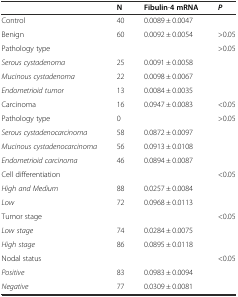
<table><thead><tr><td></td><td><b>N</b></td><td><b>Fibulin-4 mRNA</b></td><td><b><i>P</i></b></td></tr></thead><tbody><tr><td>Control</td><td>40</td><td>0.0089 ± 0.0047</td><td></td></tr><tr><td>Benign</td><td>60</td><td>0.0092 ± 0.0054</td><td>&gt;0.05</td></tr><tr><td>Pathology type</td><td></td><td></td><td>&gt;0.05</td></tr><tr><td><i>Serous cystadenoma</i></td><td>25</td><td>0.0091 ± 0.0058</td><td></td></tr><tr><td><i>Mucinous cystadenoma</i></td><td>22</td><td>0.0098 ± 0.0067</td><td></td></tr><tr><td><i>Endometrioid tumor</i></td><td>13</td><td>0.0084 ± 0.0035</td><td></td></tr><tr><td>Carcinoma</td><td>16</td><td>0.0947 ± 0.0083</td><td>&lt;0.05</td></tr><tr><td>Pathology type</td><td>0</td><td></td><td>&gt;0.05</td></tr><tr><td><i>Serous cystadenocarcinoma</i></td><td>58</td><td>0.0872 ± 0.0097</td><td></td></tr><tr><td><i>Mucinous cystadenocarcinoma</i></td><td>56</td><td>0.0913 ± 0.0108</td><td></td></tr><tr><td><i>Endometrioid carcinoma</i></td><td>46</td><td>0.0894 ± 0.0087</td><td></td></tr><tr><td>Cell differentiation</td><td></td><td></td><td>&lt;0.05</td></tr><tr><td><i>High and Medium</i></td><td>88</td><td>0.0257 ± 0.0084</td><td></td></tr><tr><td><i>Low</i></td><td>72</td><td>0.0968 ± 0.0113</td><td></td></tr><tr><td>Tumor stage</td><td></td><td></td><td>&lt;0.05</td></tr><tr><td><i>Low stage</i></td><td>74</td><td>0.0284 ± 0.0075</td><td></td></tr><tr><td><i>High stage</i></td><td>86</td><td>0.0895 ± 0.0118</td><td></td></tr><tr><td>Nodal status</td><td></td><td></td><td>&lt;0.05</td></tr><tr><td><i>Positive</i></td><td>83</td><td>0.0983 ± 0.0094</td><td></td></tr><tr><td><i>Negative</i></td><td>77</td><td>0.0309 ± 0.0081</td><td></td></tr></tbody></table>